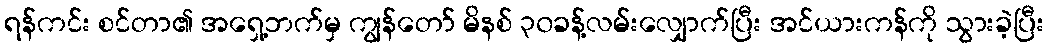
ရန်ကင်း စင်တာ၏ အရှေ့ဘက်မှ ကျွန်တော် မိနစ် ၃၀ခန့်လမ်းလျှောက်ပြီး အင်ယားကန်ကို သွားခဲ့ပြီး